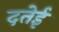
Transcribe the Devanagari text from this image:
दतेई